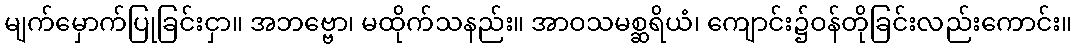
မျက်မှောက်ပြုခြင်းငှာ။ အဘဗ္ဗော၊ မထိုက်သနည်း။ အာဝသမစ္ဆရိယံ၊ ကျောင်း၌ဝန်တိုခြင်းလည်းကောင်း။